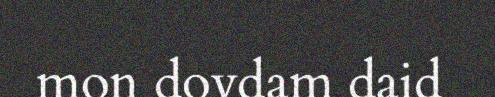
mon dovdam daid